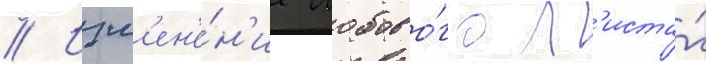
// Изм'ен'е́н'ие лобово́го л'иста́